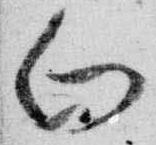
向